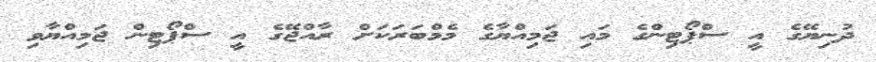
ދުނިޔޭގެ އީ ސްޕޯޓިންގެ މައި ޖަމިއްޔާގެ މެމްބަރަކަށް ރާއްޖޭގެ އީ ސްޕޯޓިން ޖަމިއްޔާވި